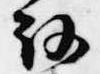
路